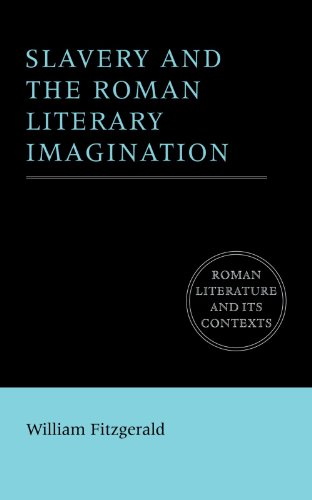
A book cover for Slavery and the Roman Literary Imagination (Roman Literature and its Contexts); William Fitzgerald; Literature & Fiction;